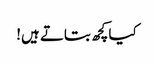
کیا کچھ بتاتے ہیں!